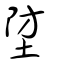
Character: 埅